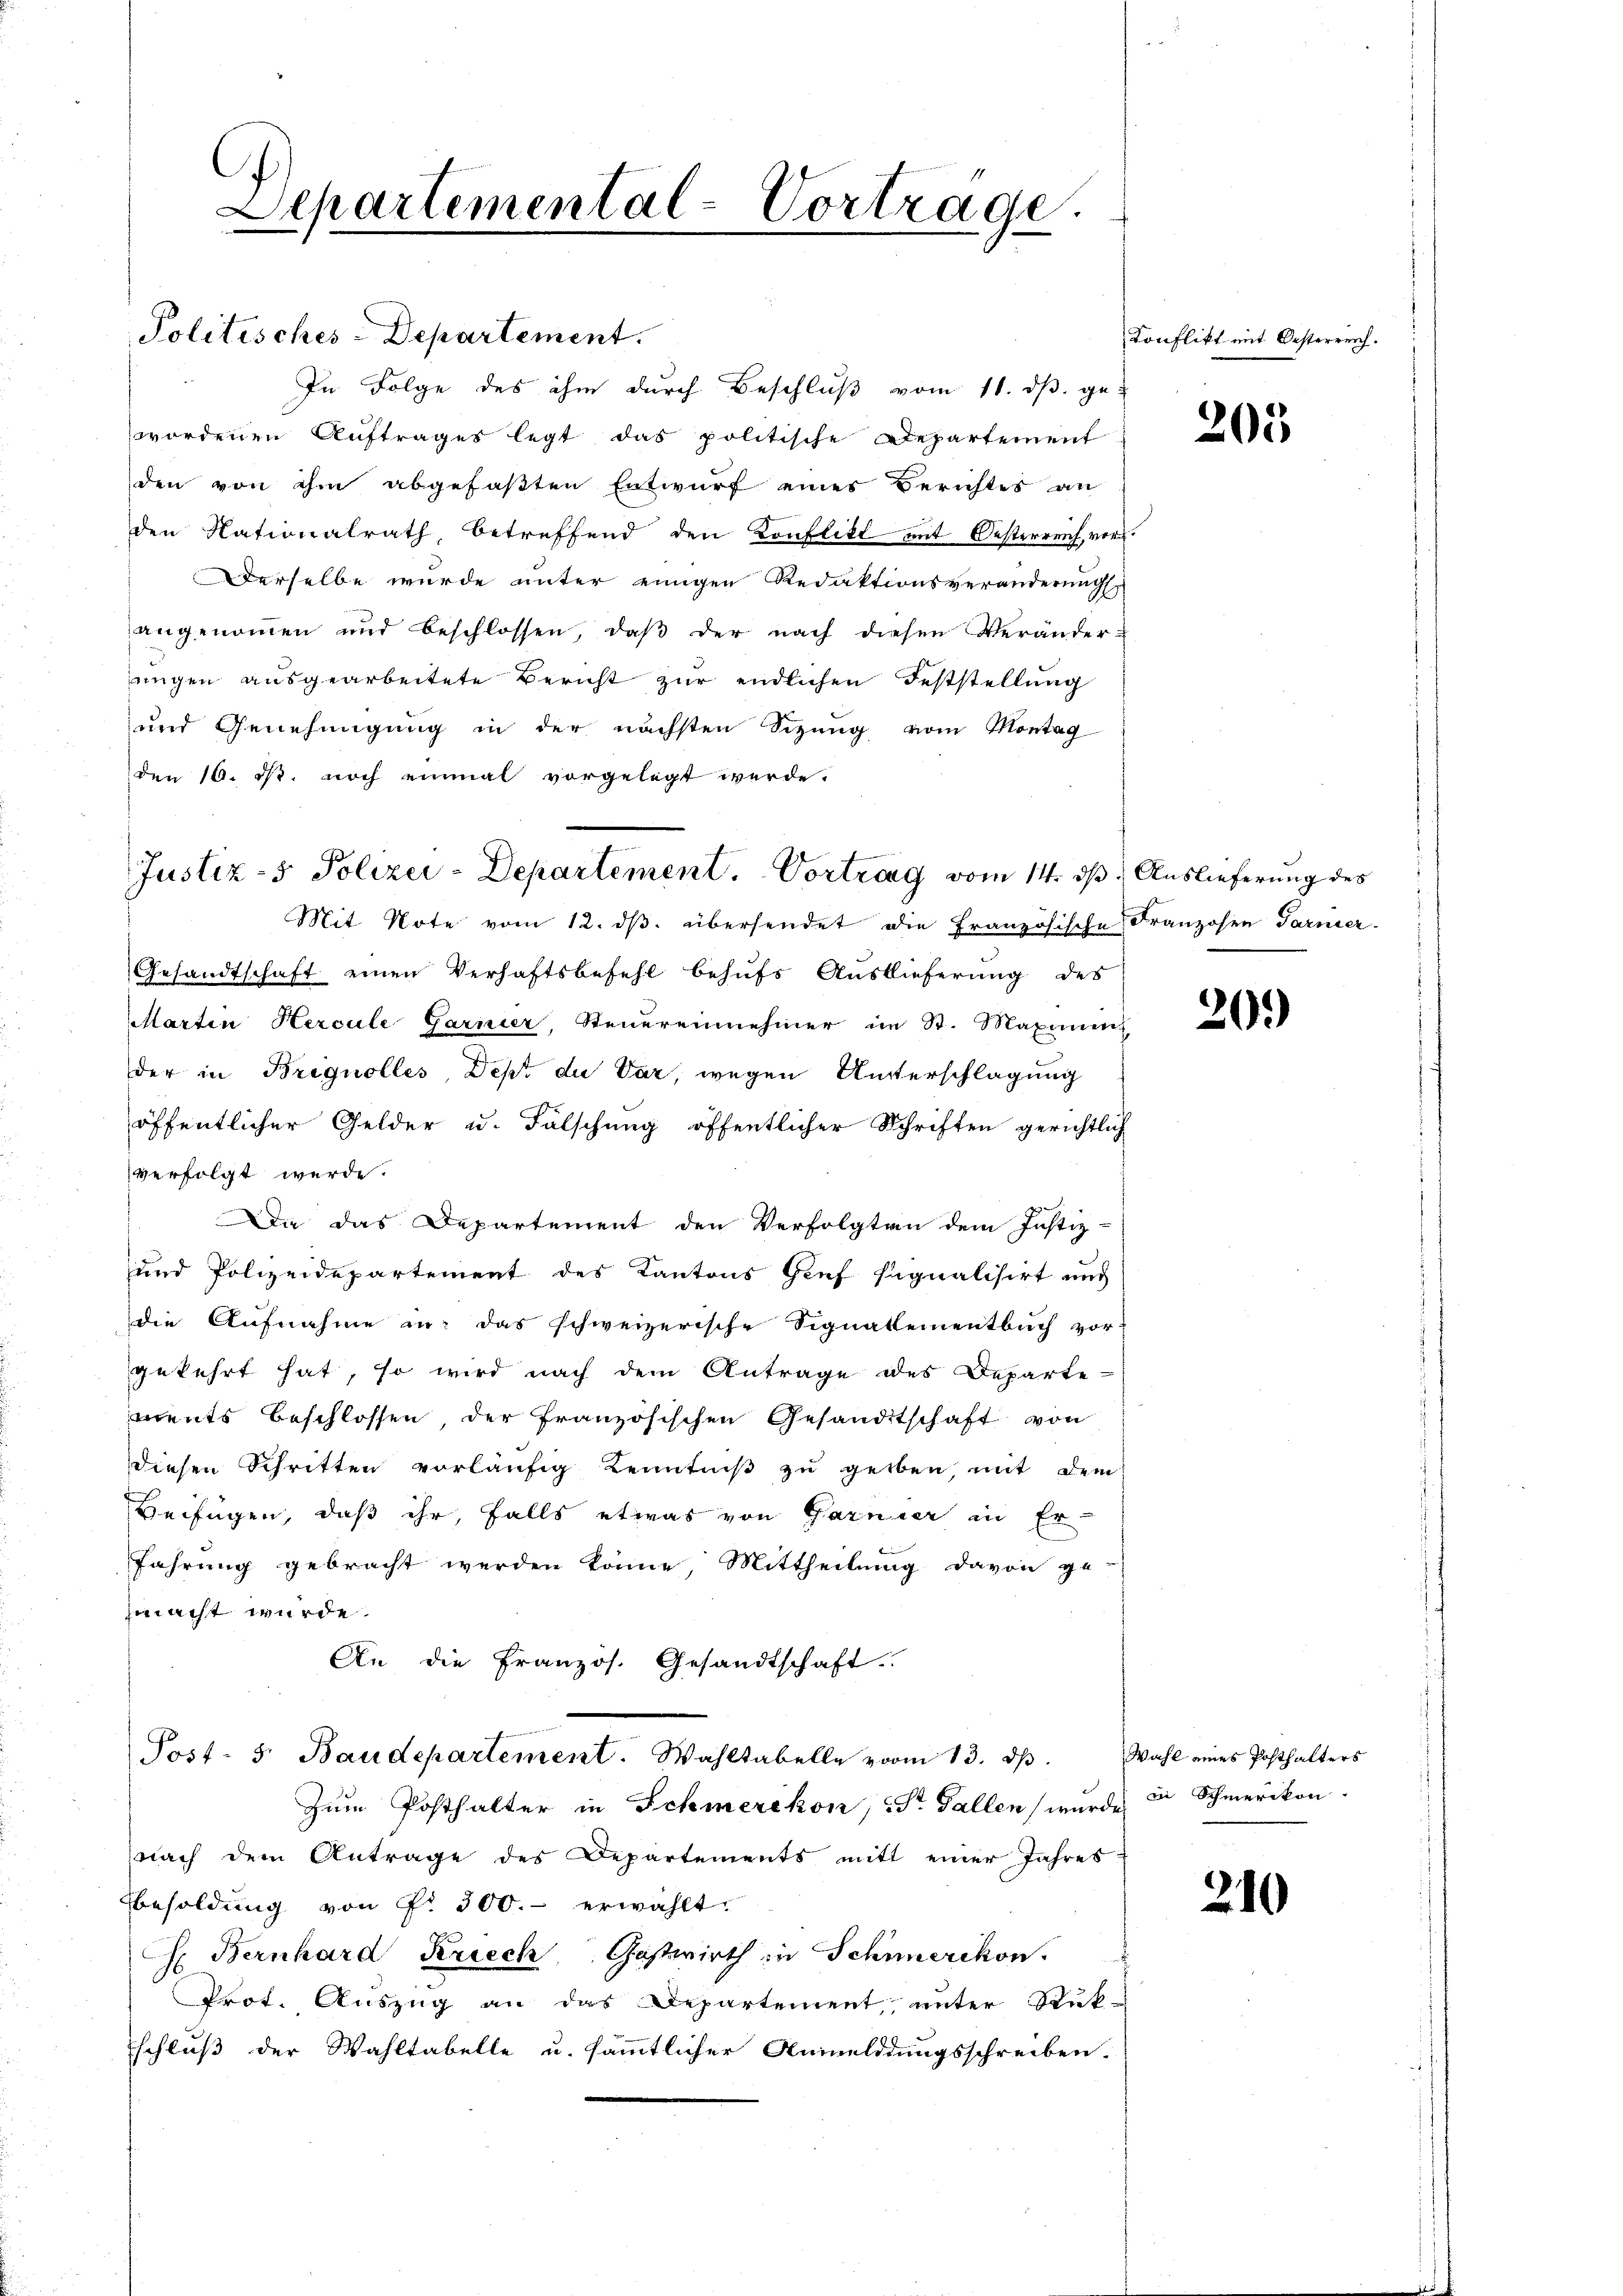
Separtemental-Vorträge.

Politisches-Departement.
In Folge des ihm durch Beschluß vom 11. ds. ge
wordenen Auftrages legt das politische Departement
den von ihm abgefaßten Entwurf eines Berichtes an
den Nationalrath, betreffend den Konflikt mit Oesterreich vor.
Derselbe wurde unter einigen Redaktionsveränderung
angenommen und beschlossen, daβ der nach diesen Veränder-
ungen ausgearbeitete Bericht zur endlichen Feststellung
und Genehmigung in der nächsten Sizung vom Montag
den 10. rt. noch einmal vorgelegt werde.
Mit Note vom 12. ds. übersendet die Französische Franzosen Garnier
Gesandtschaft einen Verhaftsbefehl behufs Auslieferung des
Marten Hercule Garnier, Steuereinnehmer im St. Maximen
der in Brignolles, Dept du Var, wegen Unterschlagung
öffentlicher Gelder u. Falschung öffentlicher Schriften gerichtlich
verfolgt werde.
Da das Departement den Verfolgten dem Justiz-
und Polizeidepartement des Kantons Genf signalisirt und
die Aufnahme in das schweizerische Signalementbuch vor-
gekehrt hat, so wird nach dem Antrage des Departe-
ments beschlossen der französischen Gesandtschaft von
diesen Schritten vorläufig Kenntniß zu geben, mit dem
Berfügen, daß ihr, falls etwas von Garnier in Er-
fahrung gebracht werden könne, Mittheilung davon ge-
macht wurde.
An die Französ. Gesandtschaft.
Post- 5. Baudepartement. Wahltabelle vom 13. ds. Wahl eines Posthalters
Zum Posthalter in Schmerikon, St. Gallen wurde die Schmerikon.
nach dem Antrage des Departements mitt einer Jahres
besoldŭng von P. 300.- erwählt.
Ch. Bernhard Kriech Gastwirth in Schmerikon.
Prot. Auszug an das Departement, unter Stuk-
schluß der Wahltabelle u. sämmtlicher Anmeldungsschreiben.

Justiz- & Polizei-Departement. Vortrag vom 14. ds. Auslieferung des

Konflikt mit Oesterreich.

205

209)

210